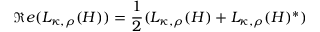
\Re e ( L _ { \kappa , \rho } ( H ) ) = \frac { 1 } { 2 } ( L _ { \kappa , \rho } ( H ) + L _ { \kappa , \rho } ( H ) ^ { * } )